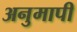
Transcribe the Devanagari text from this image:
अनुमापी